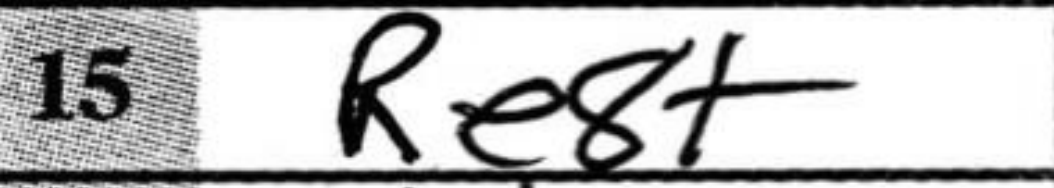
Transcription: Re8+